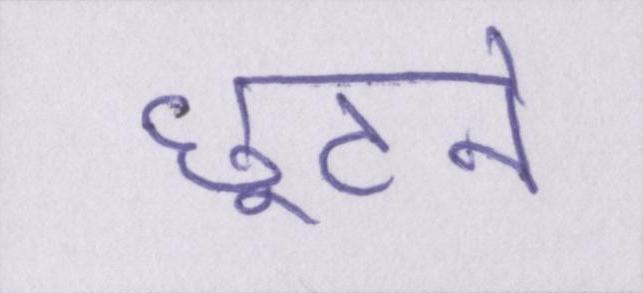
छूटने